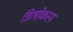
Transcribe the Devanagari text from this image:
त्रिलोकस्य